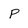
Character: p